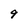
Character: 9